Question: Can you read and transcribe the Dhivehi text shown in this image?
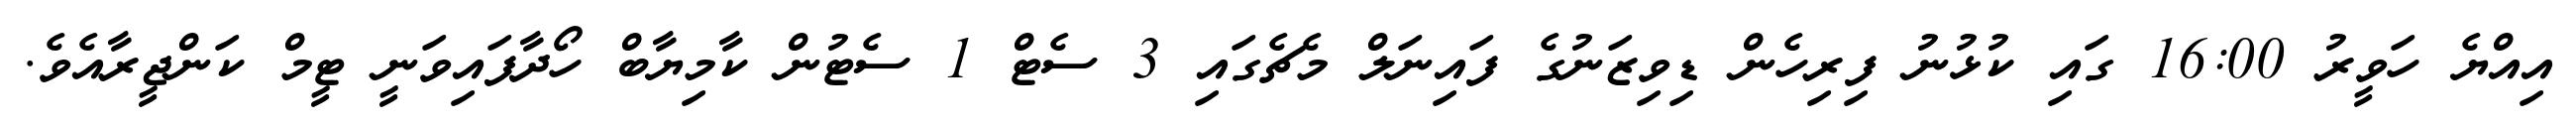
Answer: އިއްޔެ ހަވީރު 16:00 ގައި ކުޅުނު ފިރިހެން ޑިވިޒަނުގެ ފައިނަލް މެޗެގައި 3 ސެޓް 1 ސެޓުން ކާމިޔާބް ހޯދާފައިވަނީ ޓީމް ކަންޖީރާއެވެ.